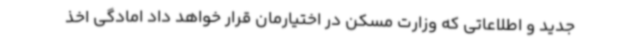
جدید و اطلاعاتی که وزارت مسکن در اختیارمان قرار خواهد داد امادگی اخذ